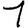
Digit: 1